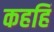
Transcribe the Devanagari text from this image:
कहहिं